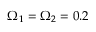
\Omega _ { 1 } = \Omega _ { 2 } = 0 . 2